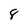
Character: 8